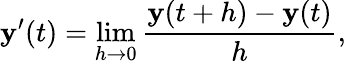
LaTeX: \mathbf{y}^{\prime}(t)=\operatorname*{lim}_{h\to 0}{\frac{\mathbf{y}(t+h)-\mathbf{y}(t)}{h}},